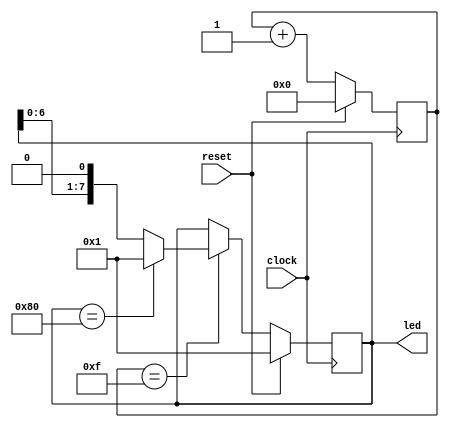
`timescale 1ns / 1ps
//////////////////////////////////////////////////////////////////////////////////
// Company: 
// Engineer: 
// 
// Design Name: 
// Module Name: flowing_light
// Project Name: 
// Target Devices: 
// Tool Versions: 
// Description: 
// 
// Dependencies: 
// 
// Revision:
// Revision 0.01 - File Created
// Additional Comments:
// 
//////////////////////////////////////////////////////////////////////////////////


module flowing_light(
    input clock,
    input reset,
    output [7:0] led
    );
    
    reg [3 : 0] cnt_reg;
    reg [7 : 0] light_reg;
    always @ (posedge clock)
        begin
            if(reset)
                cnt_reg<=0;
            else
                cnt_reg<=cnt_reg+1;
        end
     always @ (posedge clock)
         begin
             if(reset)
                 light_reg<=8'h01;
             else if (cnt_reg==4'hf)
                 begin
                     if(light_reg==8'h80)
                         light_reg<=8'h01;
                     else
                         light_reg<=light_reg<<1;
                  end
          end   
    assign led=light_reg;    
endmodule